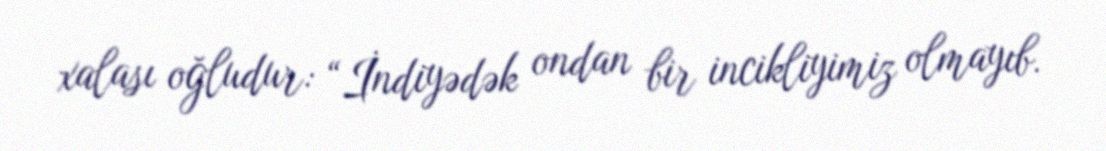
xalası oğludur: “İndiyədək ondan bir incikliyimiz olmayıb.